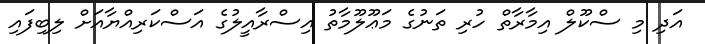
އަދި މި ސްކޫލް އިމާރާތް ހުރި ތަނުގެ މަޢޫލޫމާތު އިސްރާއީލުގެ އަސްކަރިއްޔާއަށް ލިބިފައި